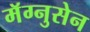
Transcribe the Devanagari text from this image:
मॅग्नुसेन